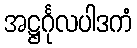
အဋ္ဌင်္ဂုလပါဒကံ